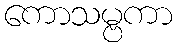
ကောသမ္ဗကာ